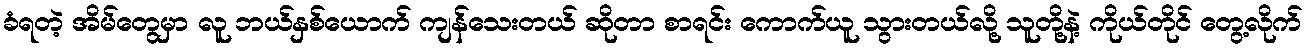
ခံရတဲ့ အိမ်တွေမှာ လူ ဘယ်နှစ်ယောက် ကျန်သေးတယ် ဆိုတာ စာရင်း ကောက်ယူ သွားတယ်လို့ သူတို့နဲ့ ကိုယ်တိုင် တွေ့လိုက်